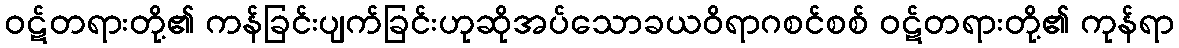
ဝဋ်တရားတို့၏ ကန်ခြင်းပျက်ခြင်းဟုဆိုအပ်သောခယဝိရာဂစင်စစ် ဝဋ်တရားတို့၏ ကုန်ရာ